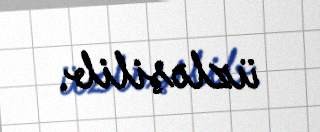
üzləşilib.